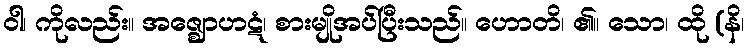
ဝါ၊ ကိုလည်း။ အဇ္ဈောဟဋံ၊ စားမျိုအပ်ပြီးသည်။ ဟောတိ၊ ၏။ သော၊ ထို (နိ၊